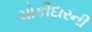
ચોકીદારની